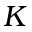
K